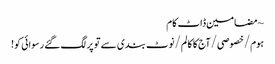
~ مضامین ڈاٹ کام
ہوم/خصوصی/آج کا کالم/نوٹ بندی سے تو پر لگ گئے رسوائی کو!